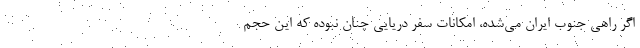
اگر راهی جنوب ایران می‌شده، امکانات سفر دریایی چنان نبوده که این حجم